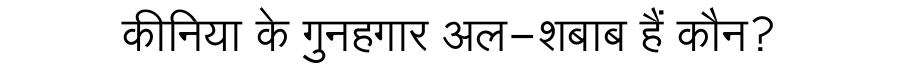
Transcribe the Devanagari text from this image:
कीनिया के गुनहगार अल-शबाब हैं कौन?